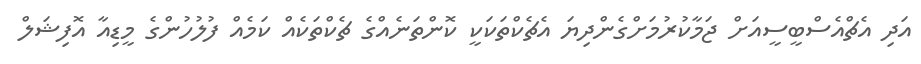
އަދި އެޗްއެސްބީސީއަށް ޖަމާކުރުމަށްގެންދިޔަ އެޗެކްތަކަކީ ކޮންތަނެއްގެ ޗެކްތަކެއް ކަމެއް ފުލުހުންގެ މީޑިއާ އޮފިޝަލް